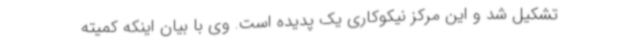
تشکیل شد و این مرکز نیکوکاری یک پدیده است. وی با بیان اینکه کمیته